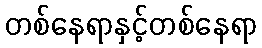
တစ်နေရာနှင့်တစ်နေရာ